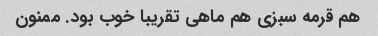
هم قرمه سبزی هم ماهی تقریبا خوب بود. ممنون